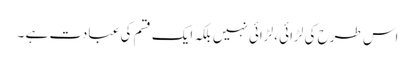
اس طرح کی لڑائی ،لڑائی نہیں بلکہ ایک قسم کی عبادت ہے ۔